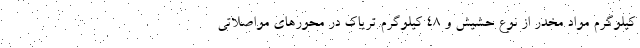
کیلوگرم مواد مخدر از نوع حشیش و ۴۸ کیلوگرم تریاک در محورهای مواصلاتی